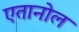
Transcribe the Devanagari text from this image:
एतानोल